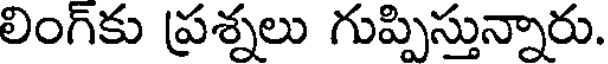
లింగ్కు ప్రశ్నలు గుప్పిస్తున్నారు.